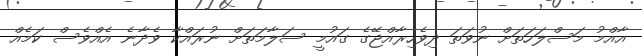
އާއްމު މަސްލަހަތަށް ނުވަތަ ދިވެހިރާއްޖޭގެ ގައުމީ ސަލާމަތަށް ނުރައްކާ ވެދާނެ އެއްވެސް ކަމެއް